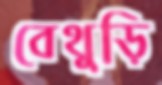
বেথুড়ি